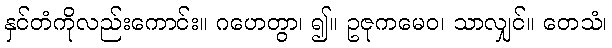
နှင်တံကိုလည်းကောင်း။ ဂဟေတွာ၊ ၍။ ဥဇုကမေဝ၊ သာလျှင်။ တေသံ၊